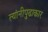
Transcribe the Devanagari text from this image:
त्यांनीपुढाकार